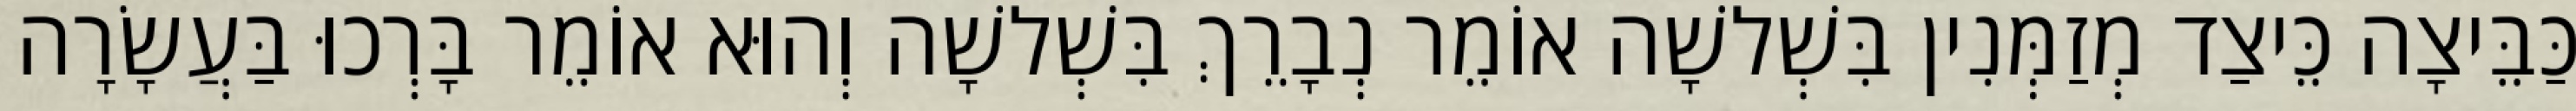
כַּבֵּיצָה כֵּיצַד מְזַמְּנִין בִּשְׁלשָׁה אוֹמֵר נְבָרֵךְ בִּשְׁלשָׁה וְהוּא אוֹמֵר בָּרְכוּ בַּעֲשָׂרָה